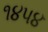
૧૪૫૪